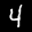
Label: 4